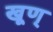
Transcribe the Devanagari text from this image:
खूण्